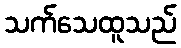
သက်သေထူသည်